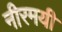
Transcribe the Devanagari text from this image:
नीरमयी